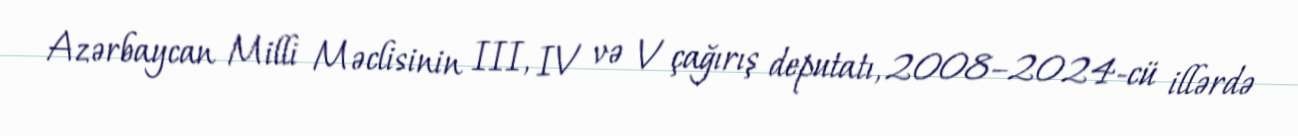
Azərbaycan Milli Məclisinin III, IV və V çağırış deputatı, 2008–2024-cü illərdə